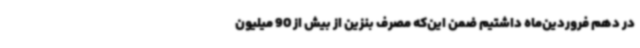
در دهم فروردین‌ماه داشتیم ضمن این‌که مصرف بنزین از بیش از 90 میلیون